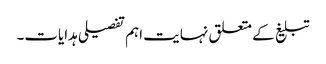
تبلیغ کے متعلق نہایت اہم تفصیلی ہدایات۔